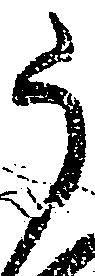
う